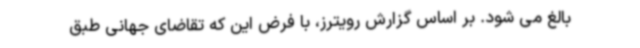
بالغ می شود. بر اساس گزارش رویترز، با فرض این که تقاضای جهانی طبق